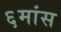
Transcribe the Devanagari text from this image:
६मांस